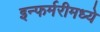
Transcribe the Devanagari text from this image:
इन्फर्मरीमध्ये